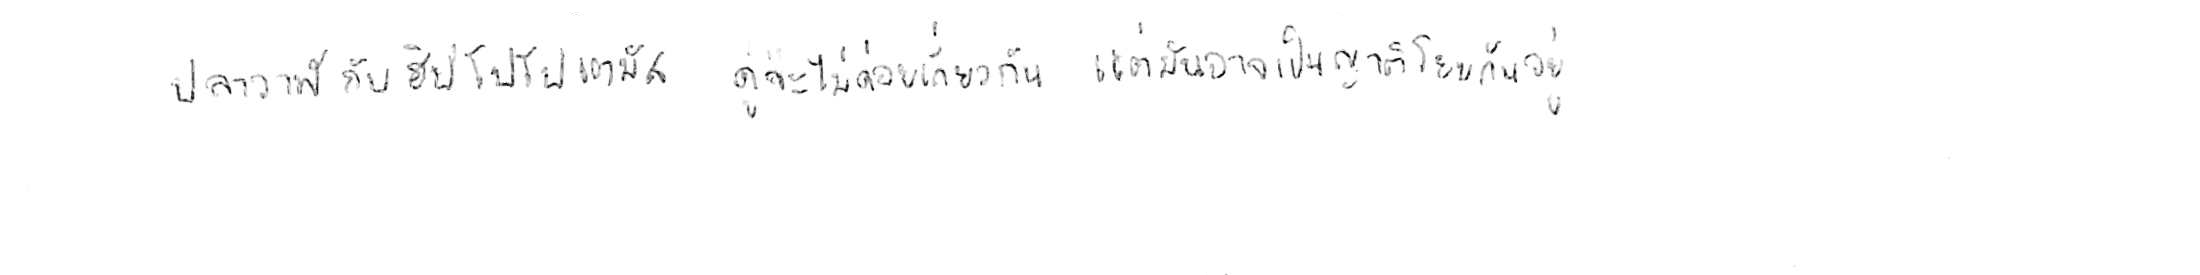
ปลาวาฬ กับ ฮิปโปโปเตมัส ดูจะไม่ค่อยเกี่ยวกัน แต่มันอาจเป็นญาติโยมกันอยู่